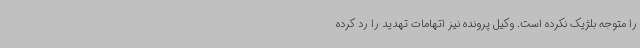
را متوجه بلژیک نکرده است. وکیل پرونده نیز اتهامات تهدید را رد کرده